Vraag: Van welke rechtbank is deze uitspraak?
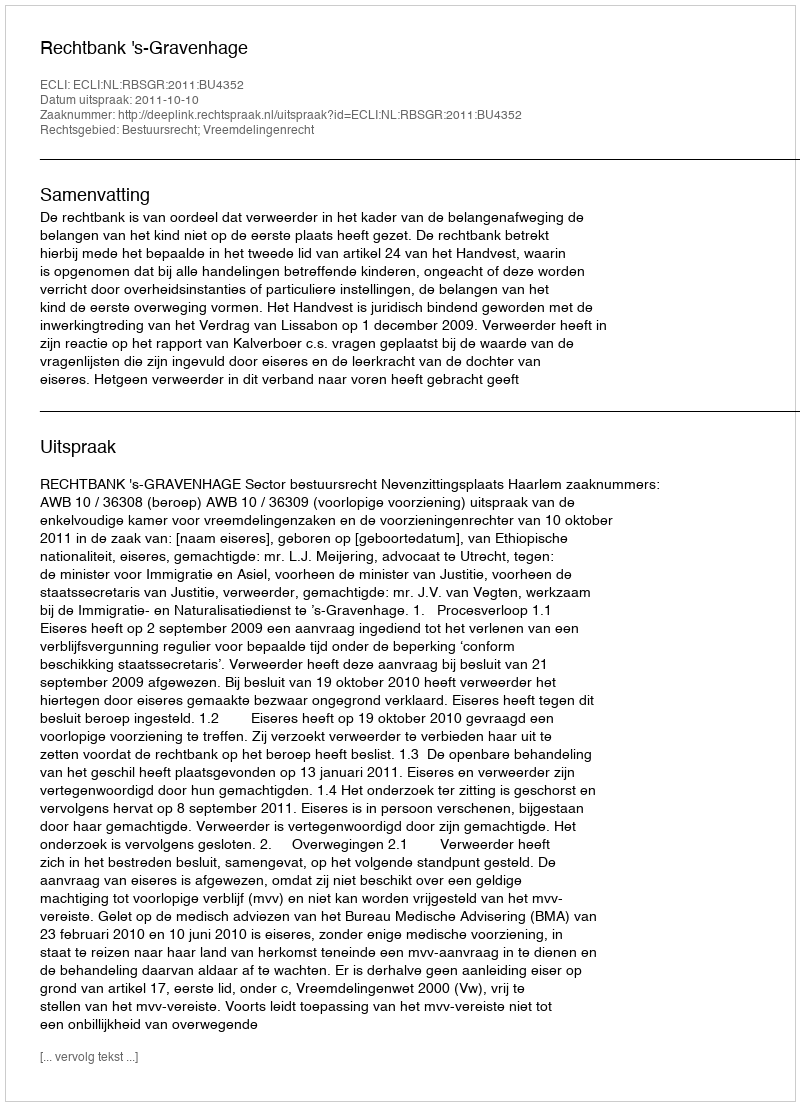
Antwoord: Rechtbank 's-Gravenhage